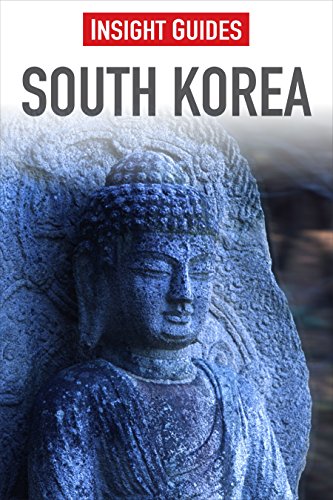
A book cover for South Korea (Insight Guides); Ray Bartlett; Travel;